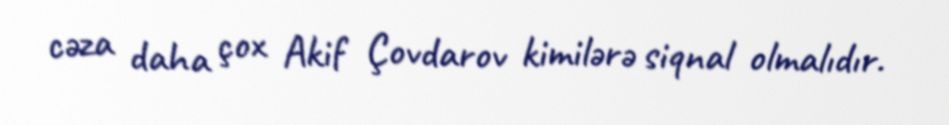
cəza daha çox Akif Çovdarov kimilərə siqnal olmalıdır.